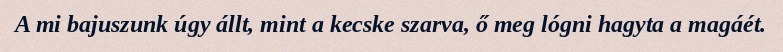
A mi bajuszunk úgy állt, mint a kecske szarva, ő meg lógni hagyta a magáét.